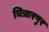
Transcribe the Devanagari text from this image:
चित्रारपुर